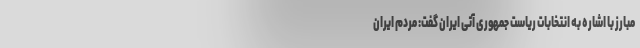
مبارز با اشاره به انتخابات ریاست جمهوری آتی ایران گفت: مردم ایران